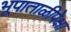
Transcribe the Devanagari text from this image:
भूपाताळीपेक्षा